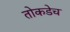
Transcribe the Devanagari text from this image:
तोकडेच